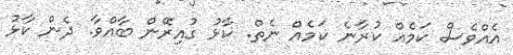
އެއްވެސް ކަމެއް ކުރާނެ ކަމެއް ނެތް. ކާޅު ގުއިރޭން ބާއްވާ. ދެން ކާޅު